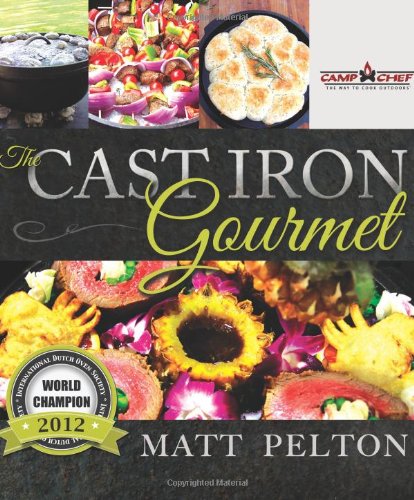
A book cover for The Cast Iron Gourmet; Matt Pelton; Cookbooks, Food & Wine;